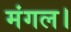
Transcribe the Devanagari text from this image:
मंगल।